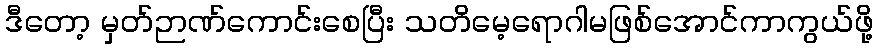
ဒီတော့ မှတ်ဉာဏ်ကောင်းစေပြီး သတိမေ့ရောဂါမဖြစ်အောင်ကာကွယ်ဖို့